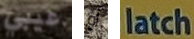
عيبي أو latch